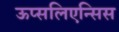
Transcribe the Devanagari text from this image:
ऊप्सलिएन्सिस